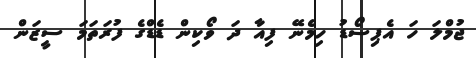
ޖުމްލަ ހަ އެޕިސޯޑު ހިމެނޭ ފިއާ ދަ ވޯކިން ޑެޑްގެ ފުރަތަމަ ސީޒަން